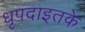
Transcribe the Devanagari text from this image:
धृपदाइतके